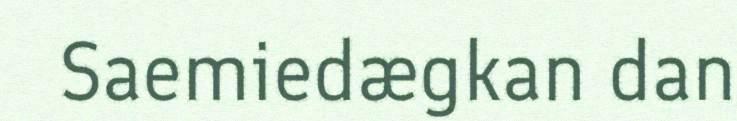
Saemiedægkan dan